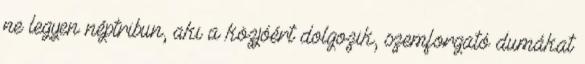
ne legyen néptribun, aki a közjóért dolgozik, szemforgató dumákat